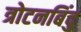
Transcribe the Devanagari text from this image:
त्रोटनबिंदु